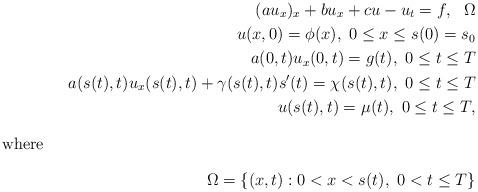
LaTeX: \begin{align*} (a u_x)_x + b u_x + c u - u_{t} = f,~~\Omega\\ u(x,0) = \phi (x),~0 \leq x \leq s(0)=s_0\\ a(0,t) u_x (0,t) = g(t),~0 \leq t \leq T\\ a(s(t),t) u_x (s(t),t) + \gamma (s(t),t) s'(t) = \chi (s(t),t),~0 \leq t \leq T\\ u(s(t),t) = \mu (t),~0 \leq t \leq T, \intertext{where} \Omega = \{(x,t): 0 < x < s(t),~0 < t \leq T\}\end{align*}